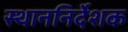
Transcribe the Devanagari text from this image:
स्थाननिर्देशक